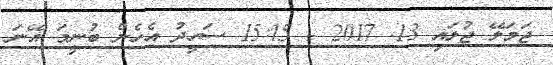
ޖަމަލޭ ޖުލައި 13